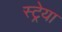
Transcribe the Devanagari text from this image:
स्ट्रेया